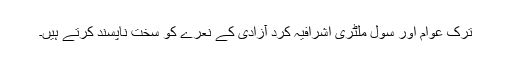
ترک عوام اور سول ملٹری اشرافیہ کرد آزادی کے نعرے کو سخت ناپسند کرتے ہیں۔